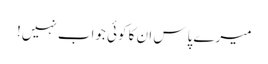
میرے پاس ان کا کوئی جواب نہیں!